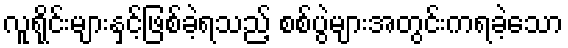
လူရိုင်းများနှင့်ဖြစ်ခဲ့ရသည့် စစ်ပွဲများအတွင်းကရခဲ့သော